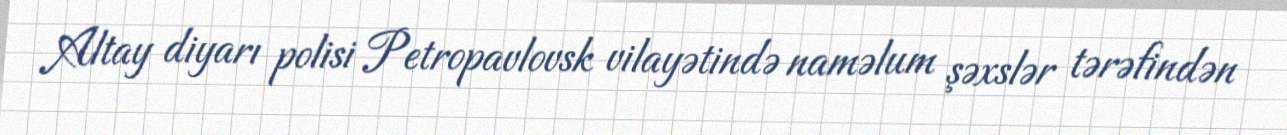
Altay diyarı polisi Petropavlovsk vilayətində naməlum şəxslər tərəfindən